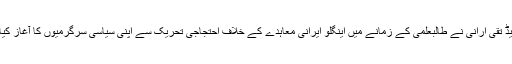
کامریڈ تقی ارانی نے طالبعلمی کے زمانے میں اینگلو ایرانی معاہدے کے خلاف احتجاجی تحریک سے اپنی سیاسی سرگرمیوں کا آغاز کیا تھا ۔